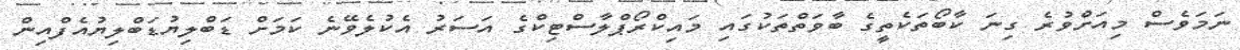
ނަމަވެސް މިއަށްވުރެ ގިނަ ކާބޯތަކެތީގެ ބާވަތްތަކުގައި މައިކްރޯޕްލާސްޓިކްގެ އަސަރު އެކުލެވޭނެ ކަމަށް ޑަބްލިޔުޑަބްލިޔުއެފްއިން